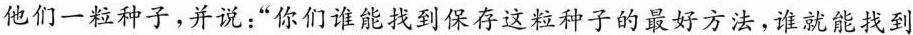
他们一粒种子，并说：“你们谁能找到保存这粒种子的最好方法，谁就能找到